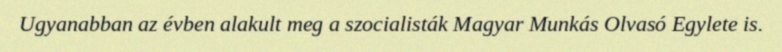
Ugyanabban az évben alakult meg a szocialisták Magyar Munkás Olvasó Egylete is.